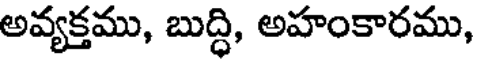
అవ్యక్తము, బుద్ధి, అహంకారము,